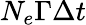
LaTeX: N_{e}\Gamma\Delta t